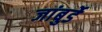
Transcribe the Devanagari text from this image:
जांबुर्डे